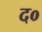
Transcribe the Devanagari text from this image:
द०